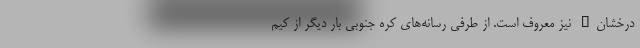
درخشان" نیز معروف است. از طرفی رسانه‌های کره جنوبی بار دیگر از کیم